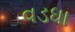
વડધા